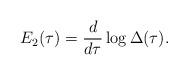
LaTeX: \begin{align*}E_2(\tau) = \frac{d}{d\tau}\log\Delta(\tau).\end{align*}